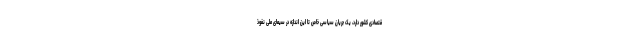
قتصادی کشور دارد، یک جریان سیاسی خاص تا این اندازه در سیمای ملی نفوذ